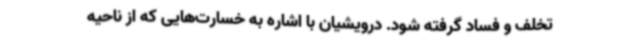
تخلف و فساد گرفته شود. درویشیان با اشاره به خسارت‌هایی که از ناحیه